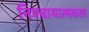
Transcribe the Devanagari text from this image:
निश्चायात्मकता